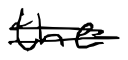
Text: the
Cross-out: double-line
Writing tool: digital_black